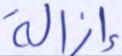
إزالة